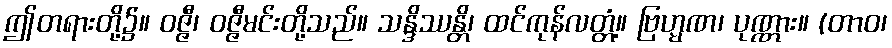
ဤတရားတို့၌။ ဝဇ္ဇီ၊ ဝဇ္ဇီမင်းတို့သည်။ သန္ဒိဿန္တိ၊ ထင်ကုန်လတ္တံ့။ ဗြဟ္မဏ၊ ပုဏ္ဏား။ (တာဝ၊